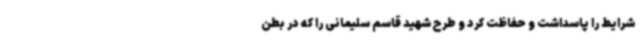
شرایط را پاسداشت و حفاظت کرد و طرح شهید قاسم سلیمانی را که در بطن